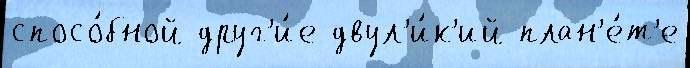
спосо́бной друг'и́е двул'и́к'ий план'е́т'е